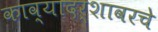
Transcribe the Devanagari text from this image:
काव्यादर्शावरचे